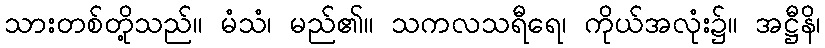
သားတစ်တို့သည်။ မံသံ၊ မည်၏။ သကလသရီရေ၊ ကိုယ်အလုံး၌။ အဋ္ဌီနိ၊